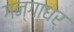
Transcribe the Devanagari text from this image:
गन्गाधर्